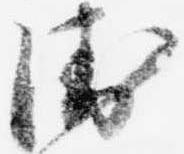
衛